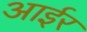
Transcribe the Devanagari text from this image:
आईर